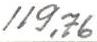
119,76